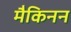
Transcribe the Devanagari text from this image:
मैकिनन